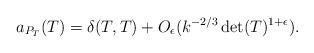
LaTeX: \begin{align*} a_{P_T}(T) = \delta(T, T) + O_{\epsilon}(k^{-2/3}\det(T)^{1+\epsilon}).\end{align*}